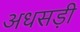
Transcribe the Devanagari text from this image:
अधसड़ी